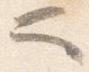
也